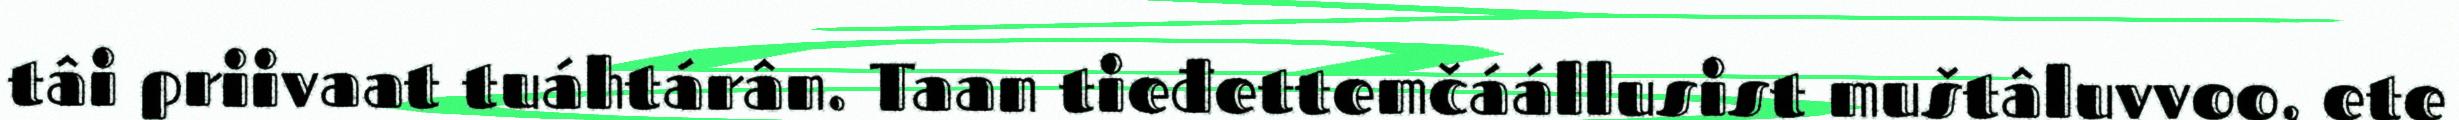
tâi priivaat tuáhtárân. Taan tieđettemčáállusist muštâluvvoo, ete